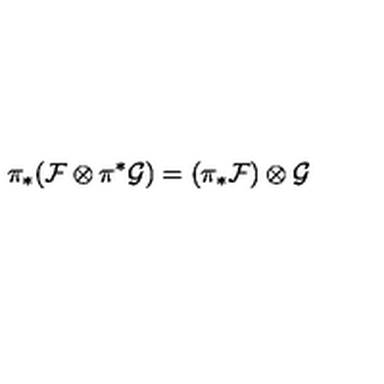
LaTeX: \pi _ { * } ( { \cal F } \otimes \pi ^ { * } { \cal G } ) = ( \pi _ { * } { \cal F } ) \otimes { \cal G }